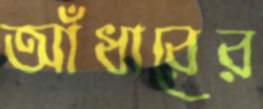
আঁধারের